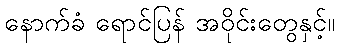
နောက်ခံ ရောင်ပြန် အဝိုင်းတွေနှင့်။